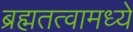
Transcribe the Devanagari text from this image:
ब्रह्मतत्वामध्ये